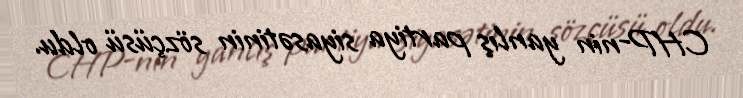
CHP-nin yanlış partiya siyasətinin sözçüsü oldu.